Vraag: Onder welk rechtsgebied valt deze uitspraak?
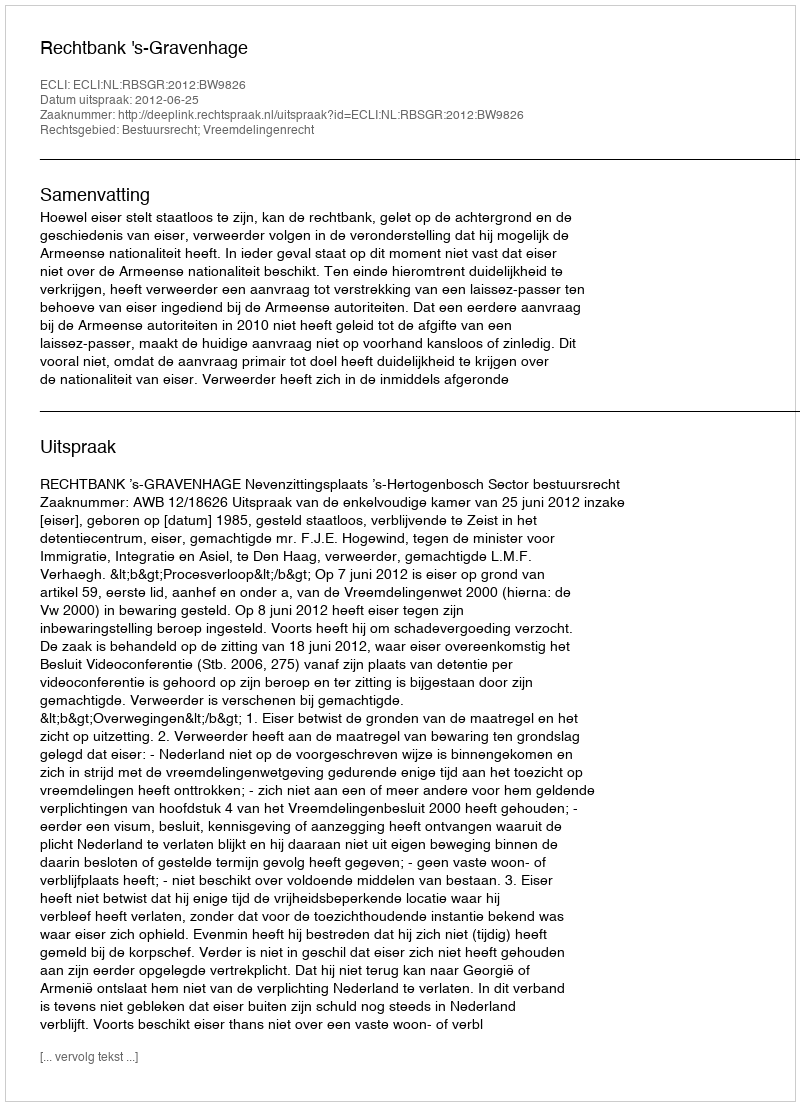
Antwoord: Bestuursrecht; Vreemdelingenrecht